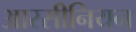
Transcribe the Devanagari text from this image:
आरसीनियन